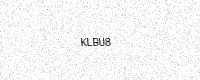
Text: KLBU8